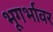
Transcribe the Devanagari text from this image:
भूगर्भावर